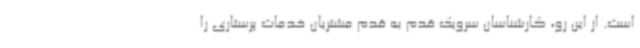
است. از این رو، کارشناسان سرویک قدم به قدم مشتریان خدمات پرستاری را